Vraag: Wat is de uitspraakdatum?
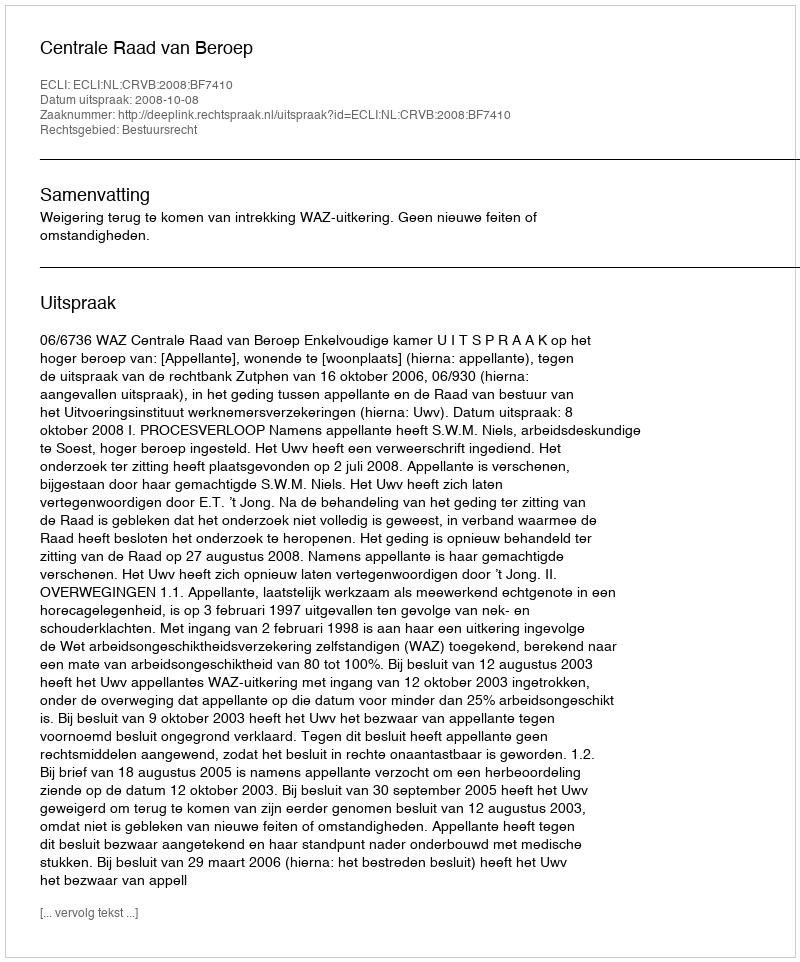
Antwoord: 2008-10-08